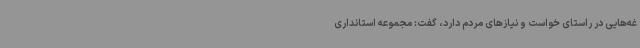
غه‌هایی در راستای خواست و نیازهای مردم دارد، گفت: مجموعه استانداری